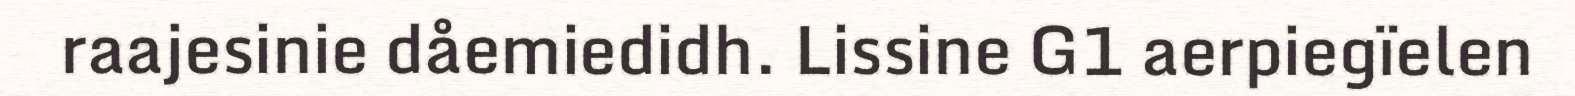
raajesinie dåemiedidh. Lissine G1 aerpiegïelen